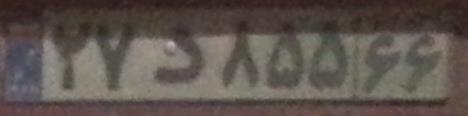
۲۷د۸۵۵۶۶